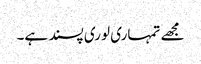
مجھے تمہاری لوری پسند ہے۔